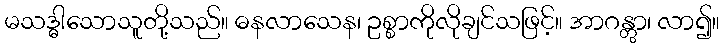
မသဒ္ဓါသောသူတို့သည်။ ဓနလာသေန၊ ဥစ္စာကိုလိုချင်သဖြင့်။ အာဂန္တွာ၊ လာ၍။